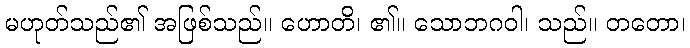
မဟုတ်သည်၏ အဖြစ်သည်။ ဟောတိ၊ ၏။ သောဘဂဝါ၊ သည်။ တတော၊